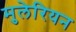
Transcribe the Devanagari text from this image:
मुलेरियन